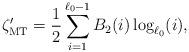
LaTeX: \begin{align*}\zeta_\mathrm{MT}' = \frac{1}{2} \sum_{i=1}^{\ell_0-1} B_2(i)\log_{\ell_0}(i),\end{align*}